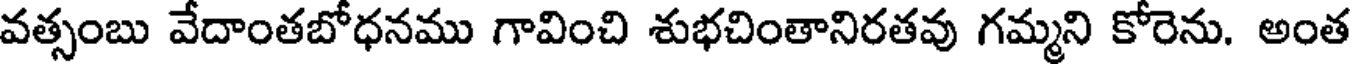
వత్సంబు వేదాంతబోధనము గావించి శుభచింతానిరతవు గమ్మని కోరెను. అంత